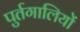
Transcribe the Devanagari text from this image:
पुर्तगालियोें